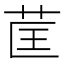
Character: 䒰